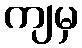
ကျမှ